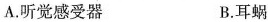
A. 听觉感受器 B. 耳蜗